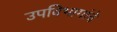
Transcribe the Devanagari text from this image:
उपविभागांचे